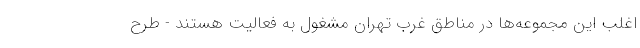
اغلب این مجموعه‌ها در مناطق غرب تهران مشغول به فعالیت هستند - طرح